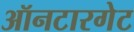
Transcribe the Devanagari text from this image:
ऑनटारगेट